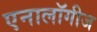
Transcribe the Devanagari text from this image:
एनालॉगीज